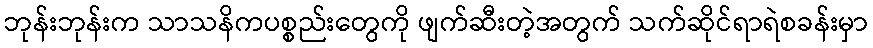
ဘုန်းဘုန်းက သာသနိကပစ္စည်းတွေကို ဖျက်ဆီးတဲ့အတွက် သက်ဆိုင်ရာရဲစခန်းမှာ